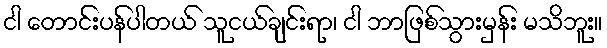
ငါ တောင်းပန်ပါတယ် သူငယ်ချင်းရာ၊ ငါ ဘာဖြစ်သွားမှန်း မသိဘူး။